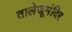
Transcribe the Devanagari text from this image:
तालेजूमंदिर